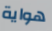
هواية